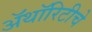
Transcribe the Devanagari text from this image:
ॲथॉरिटीचे